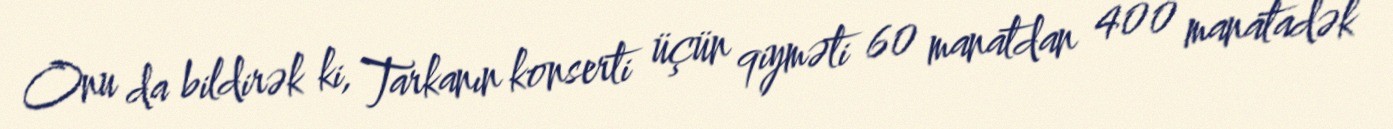
Onu da bildirək ki, Tarkanın konserti üçün qiyməti 60 manatdan 400 manatadək